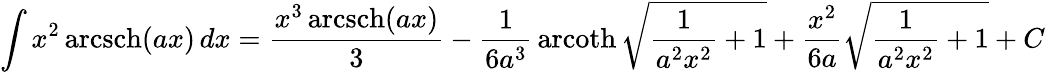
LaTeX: \int x^{2}\operatorname{arcsch}(ax)\, dx={\frac{x^{3}\operatorname{arcsch}(ax)}{3}}-{\frac{1}{6a^{3}}}\operatorname{arcoth}{\sqrt{{\frac{1}{a^{2}x^{2}}}+1}}+{\frac{x^{2}}{6a}}{\sqrt{{\frac{1}{a^{2}x^{2}}}+1}}+C